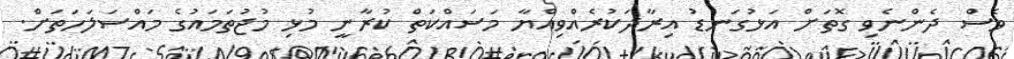
ވެސް ދެންނެވި ގޮތަށް އަޅުގަނޑު އިރާދަކުރެއްވިއްޔާ މަސައްކަތް ކުރާނީ މުޅި މުޖުތަމައުގެ މައްސަލަހަތަށް.